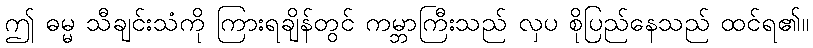
ဤ ဓမ္မ သီချင်းသံကို ကြားရချိန်တွင် ကမ္ဘာကြီးသည် လှပ စိုပြည်နေသည် ထင်ရ၏။